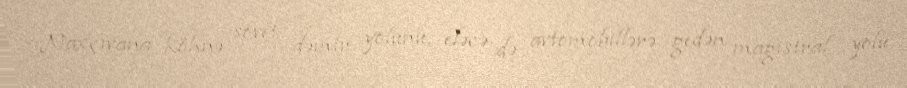
Naxçıvana köhnə sovet dəmir yolunu, eləcə də avtomobillərə gedən magistral yolu